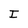
Character: I